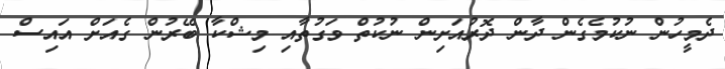
ދެމީހުން ނުކުމެގެން ދާން ދޮރުއަށިން ނުކުތް ވަގުތާއި މިޝްކާ ބޭރުން ގެއަށް އައިސް